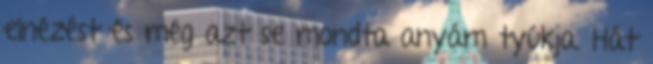
elnézést és még azt se mondta anyám tyúkja. Hát